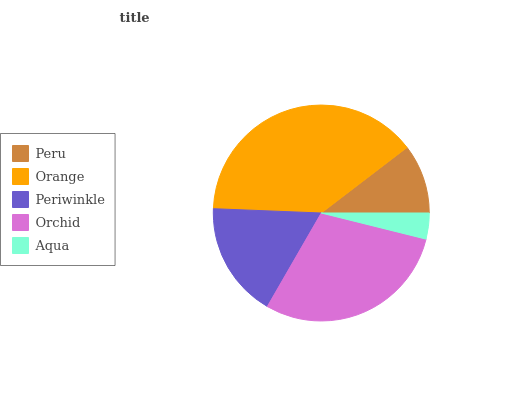
| Peru | Orange | Periwinkle | Orchid | Aqua |
 | --- | --- | --- | --- | --- |
 | 10.4% | 39% | 17.3% | 29.4% | 3.88% |